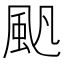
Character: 𩖛